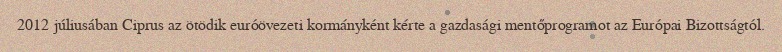
2012 júliusában Ciprus az ötödik euróövezeti kormányként kérte a gazdasági mentőprogramot az Európai Bizottságtól.